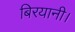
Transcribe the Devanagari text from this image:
बिरयानी।